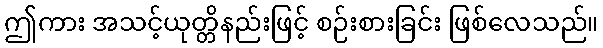
ဤကား အသင့်ယုတ္တိနည်းဖြင့် စဉ်းစားခြင်း ဖြစ်လေသည်။